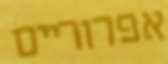
אפרוריים